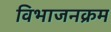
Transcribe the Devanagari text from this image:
विभाजनक्रम